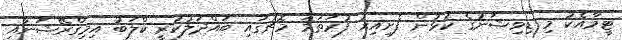
ޓީމާއެކު މި ޑިވިޝަނުގެ ކުޅުން ފެށިއިރު ފުރަތަމަ މެޗުގައި ބައްދަލުކުރީ ކްލަބު އިމިގްރޭޝަނާއި